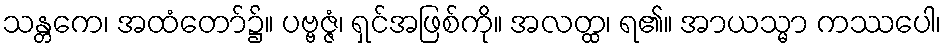
သန္တကေ၊ အထံတော်၌။ ပဗ္ဗဇ္ဇံ၊ ရှင်အဖြစ်ကို။ အလတ္ထ၊ ရ၏။ အာယသ္မာ ကဿပေါ၊